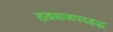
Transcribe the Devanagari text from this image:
ठवसजपदहद्ध